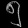
Digit: ၅